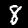
Label: 8